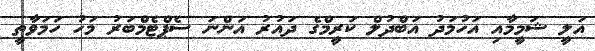
އަލީ ޝަމީމާއި އަހުމަދު އަބްދުލް ކަރީމްގެ ދައުރު އަންނަ ސެޕްޓެމްބަރު މަހު ހަމަވާތީ